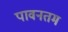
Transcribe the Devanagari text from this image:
पावनतम